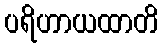
ပရိဟာယထာတိ